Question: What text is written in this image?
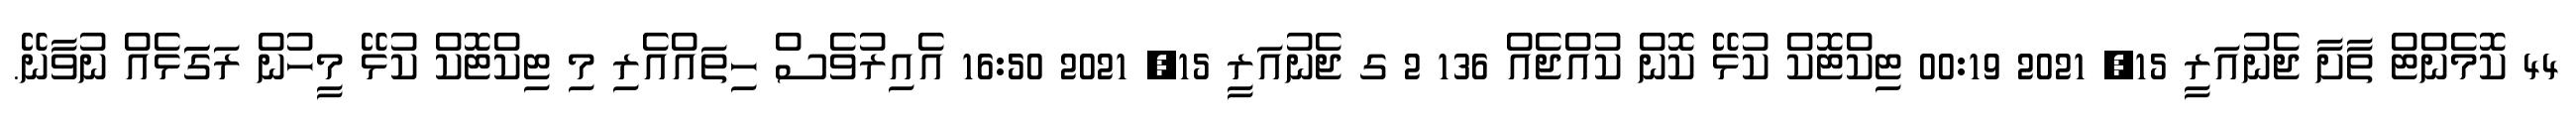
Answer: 44 ކޮމެންޓް ތާށާ ޖެނުއަރީ 15, 2021 00:19 ޓިކްޓޮކް ކުޅޭ ކޮން ކުއްޖެއް 136 2 ގ ޖެނުއަރީ 15, 2021 16:50 އެއިރުވެސް ހިތައްއެރި މި ޓިކްޓޮކް ކުޅޭ މީހުން ރަގަަޅެއް ނުވާނޭ.